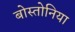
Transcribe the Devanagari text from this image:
बोस्तोनिया